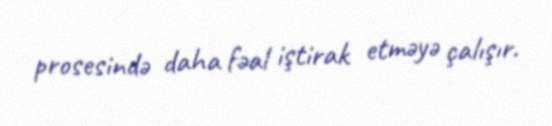
prosesində daha fəal iştirak etməyə çalışır.